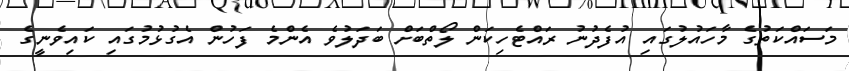
މަސައްކަތުގެ މާހައުލުގައި އުފެދުނު ރައްޓެހިކަން ލޯތްބަށް ބަދަލުވެ އެންމެ ފަހުން އެގުޅުމުގައި ކައިވެނީގެ